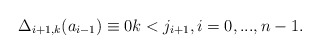
\begin{align*}\Delta_{i+1,k} ( a_{i-1} )\equiv 0 k<j_{i+1} , i=0,...,n-1. \end{align*}